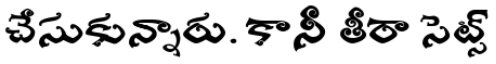
చేసుకున్నారు. కానీ తీరా సెట్స్